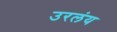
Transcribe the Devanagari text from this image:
उरलंय